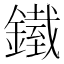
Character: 𨬿